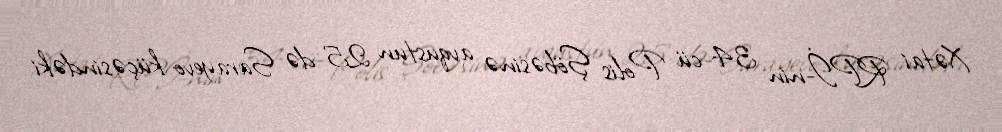
Xətai RPİ-nin 34-cü Polis Şöbəsinə avqustun 25-də Sarayevo küçəsindəki